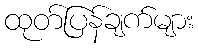
ထုတ်ပြန်ချက်များ